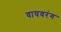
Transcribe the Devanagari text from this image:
वायवरंग